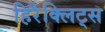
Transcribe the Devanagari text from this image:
हिरैक्लिट्स